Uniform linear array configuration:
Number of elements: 24
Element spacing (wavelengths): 0.25
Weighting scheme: blackman
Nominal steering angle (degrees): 0
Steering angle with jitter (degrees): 0.4447
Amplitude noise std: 0.05
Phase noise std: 0.05

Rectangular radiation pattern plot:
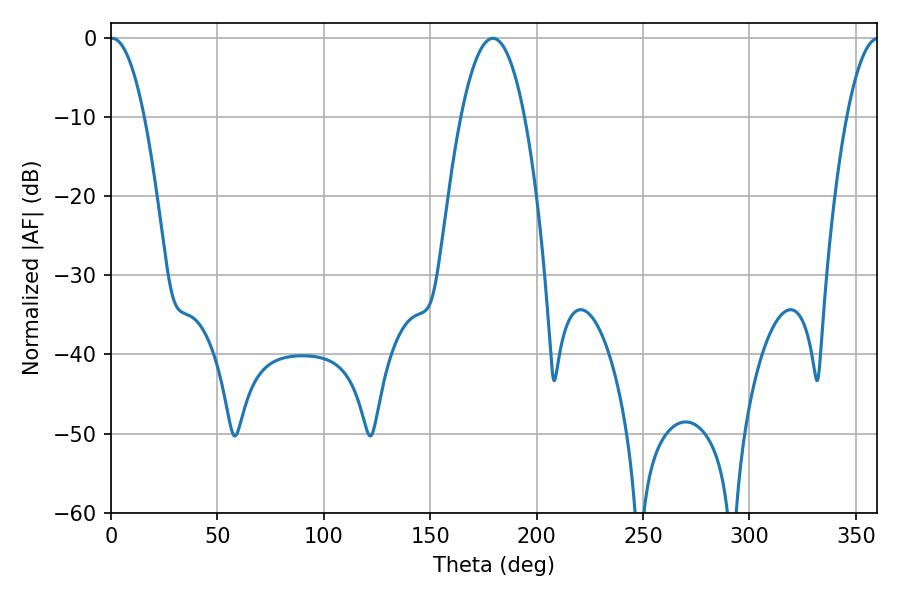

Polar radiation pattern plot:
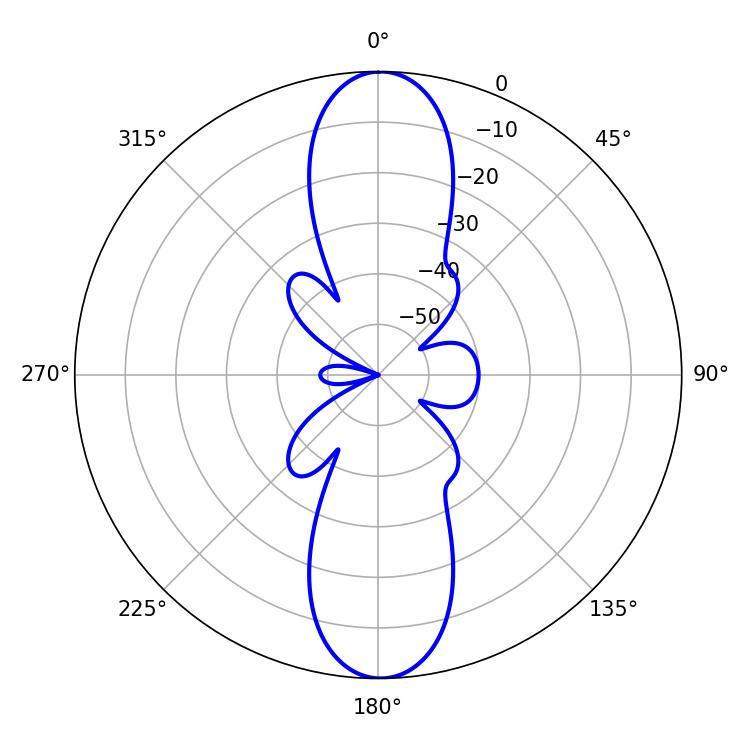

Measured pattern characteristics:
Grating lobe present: FALSE
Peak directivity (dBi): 24.692
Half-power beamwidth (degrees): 8.82
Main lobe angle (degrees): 0.54